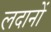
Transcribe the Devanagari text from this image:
लदानों